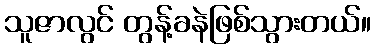
သူဇာလွင် တွန့်ခနဲဖြစ်သွားတယ်။